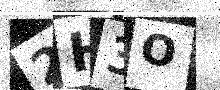
Text: 2H3O